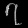
Digit: ၇